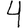
Digit: 4